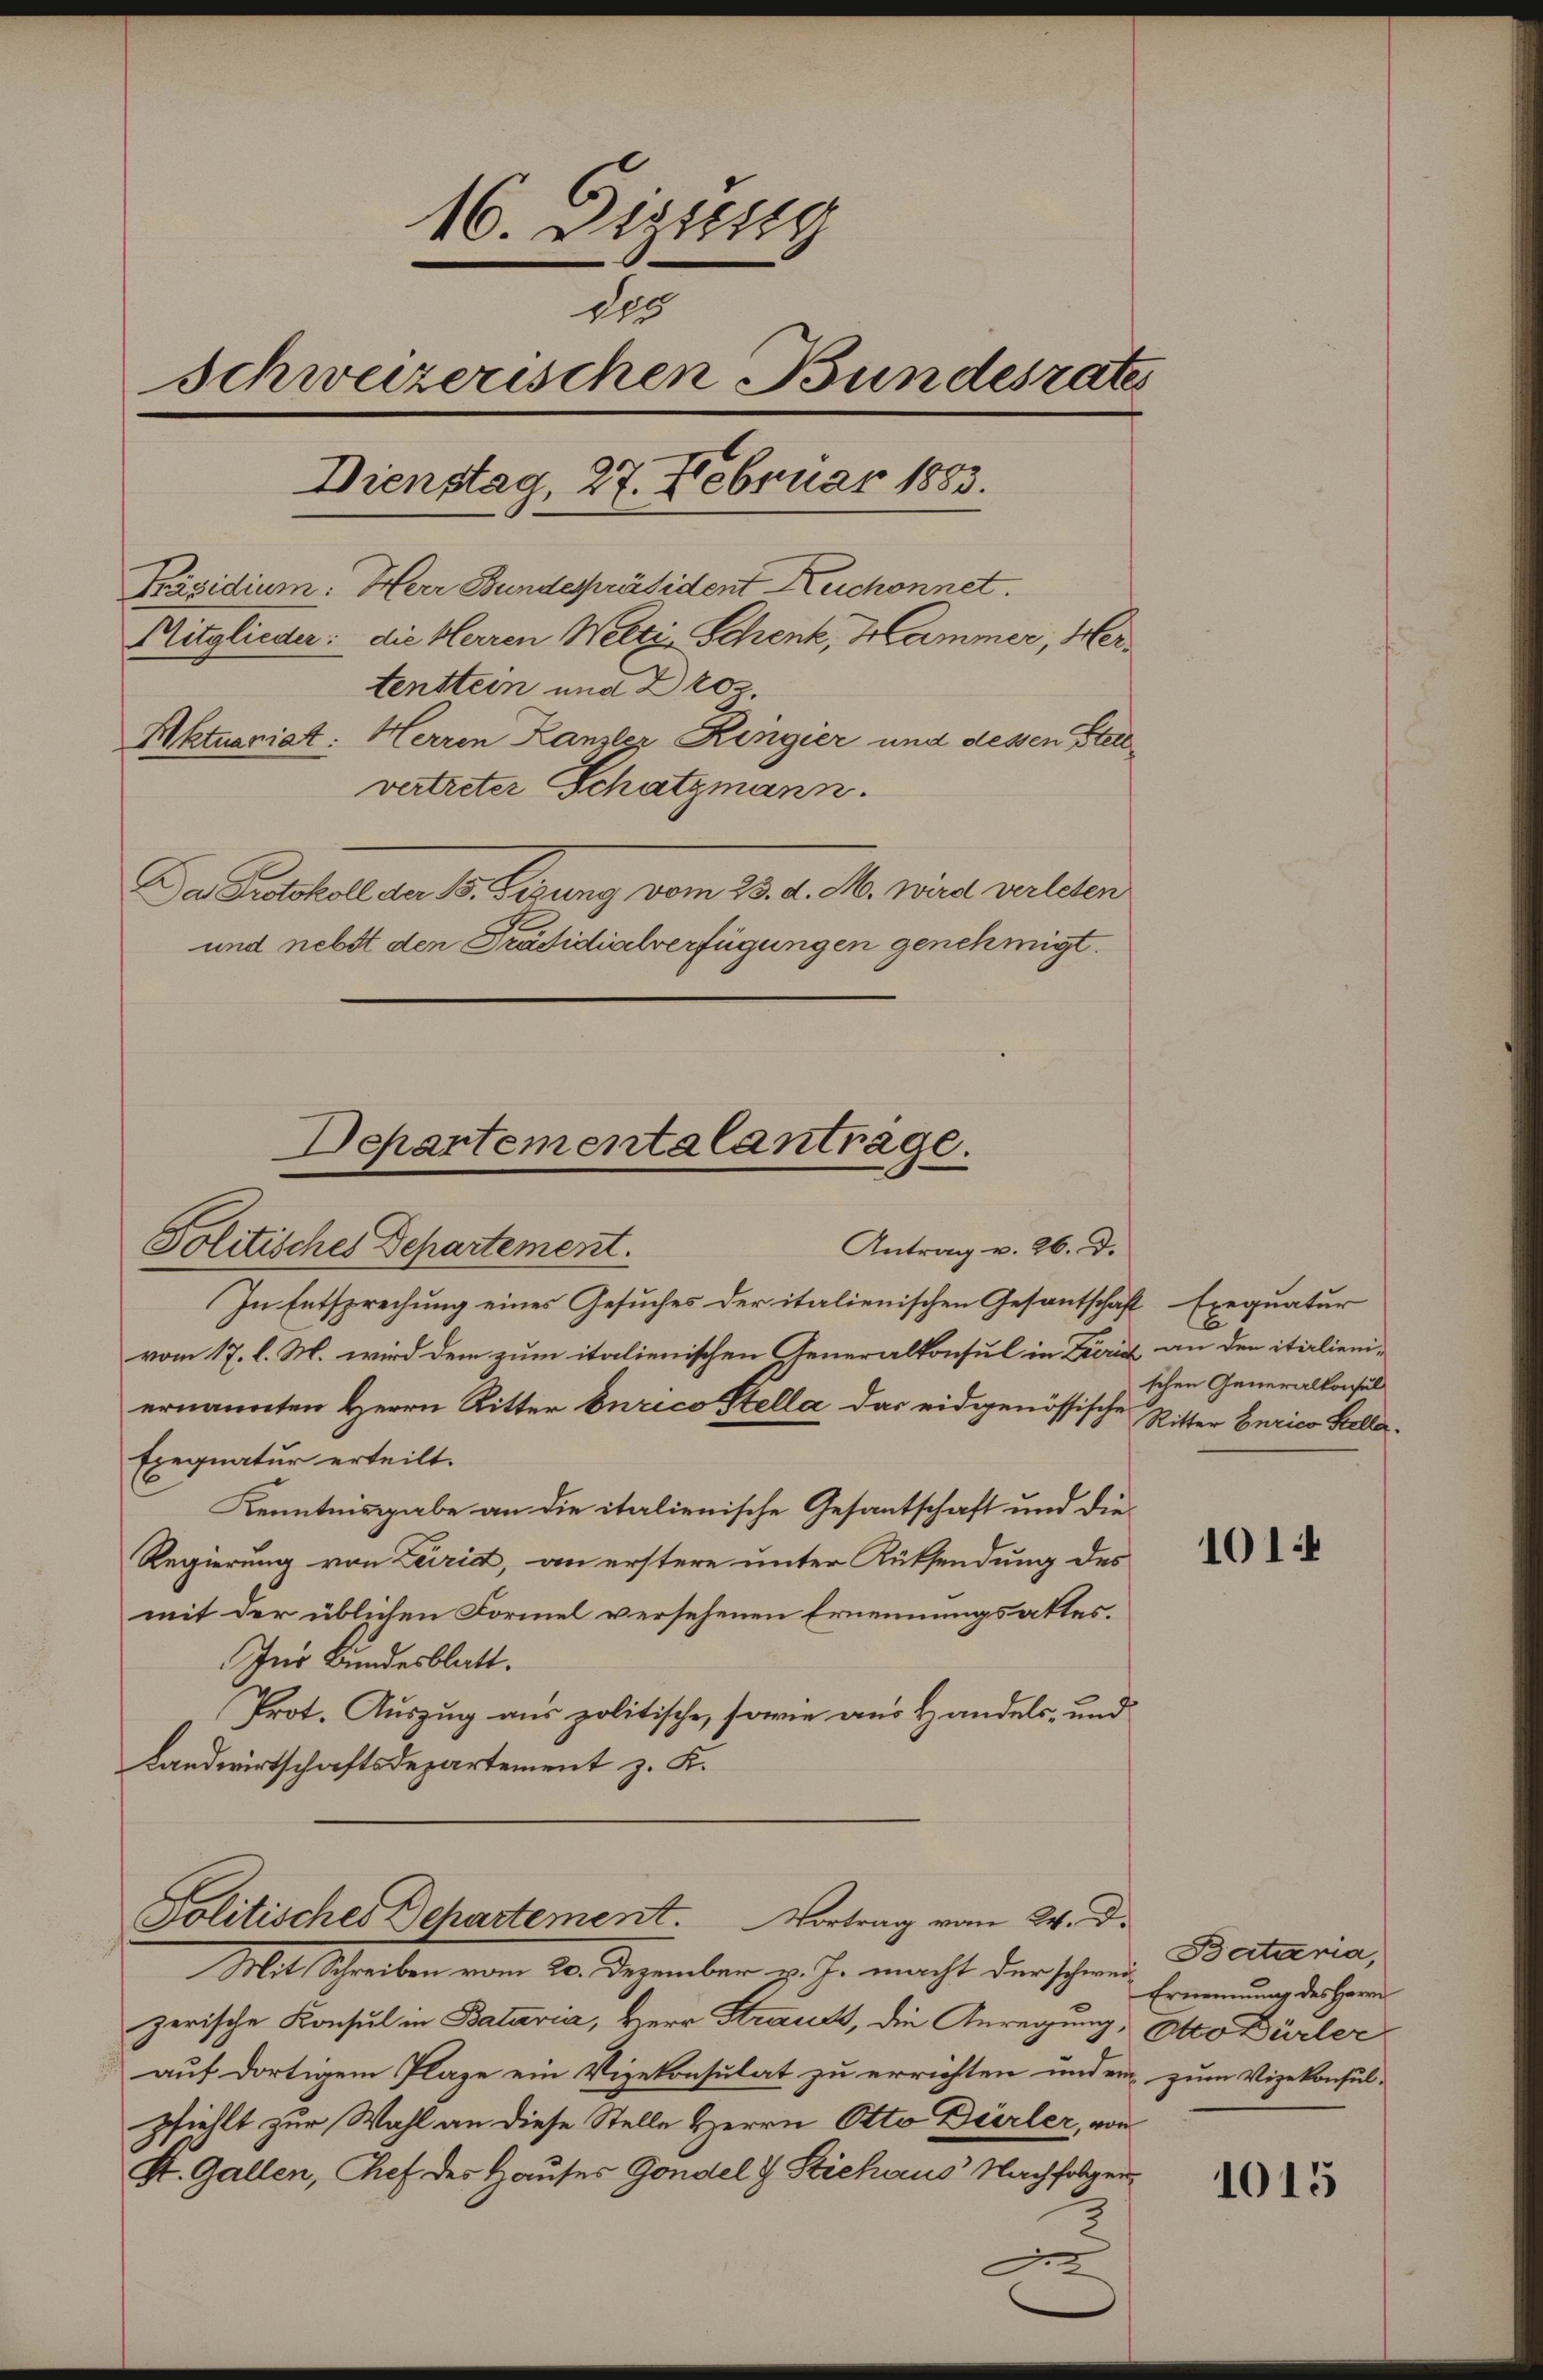
16. Dezierg
des
schweizerischen Bundesrates
Dienstag, 27. Februar 1883.
Präsidium. Herr Bundespräsident Kuchonnet.
Mitglieder: die Herren Welti Schenk, Hammer, Hertenstein und Droz.
Aktuariat: Herren Kanzler Ringier und dessen Stell
vertreter Schatzmann.
Da Protokoll an 1. beizung vom 28. d. M. wird verlesen
und nebst den Präsidialverfügungen genehmigt.

Departementalantrage.
Antrag v. 26. d.
Politisches Departement.

In Entsprechung eines Gesuches der italienischen Gesantschaft trequatur
vom 17. l. M. wird dem zum italienischen Generalkonsul in Zürich an den italieniernannten Herrn Ritter Curico Stella das eidgenössische Ritter Curico Stolla¬
Exequatur erteilt.
Kenntnisgabe an die italienische Gesantschaft und die¬
Regierung von Leiritt, an erstere unter Rüksendung des
mit der üblichen Formel versehenen Ernennungsaktes.
Ins Bundesblatt.
Prot. Auszug aus politische, sowie aus Handels- und
Landwirtschaftsdepartement z. K.

Politisches Departement. Vortrag vom 24. d.

Mit Schreiben vom 20. Dezember v. Js. macht der schwer
zerische Konsul in Batavia, Herr Straut, die Anregung, Otto Dürler
auf dortigem Plaze ein Vizekonsulat zu errichten und ein zum Vizekonsul-
pfiehlt zur Wahl an diese Stelle Herrn Otto Dürler, von
K. Gallen, Chef des Hauses Gondel & Stichaus Nachfolger
.
.

E
schen Generalkonsul

101

Bataria,
Ernennung des Herrn

1015